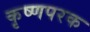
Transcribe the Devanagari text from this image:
कृष्णपरक